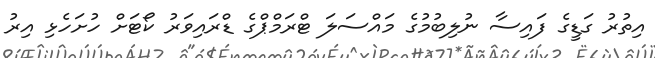
އިތުރު ގަޑީގެ ފައިސާ ނުލިބުމުގެ މައްސަލަ ޓްރަމްޕްގެ ޑްރައިވަރު ކޯޓަށް ހުށަހެޅި އިރު